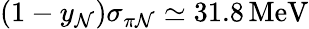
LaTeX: (1-y_{\mathcal{N}})\sigma_{\pi\mathcal{N}}\simeq31.8\, \mathrm{{MeV}}